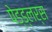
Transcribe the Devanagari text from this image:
पेड्ड्लर्स